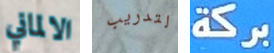
الالماني لتدريب بركة